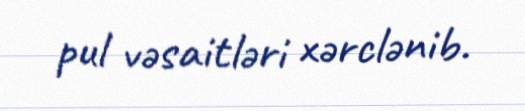
pul vəsaitləri xərclənib.